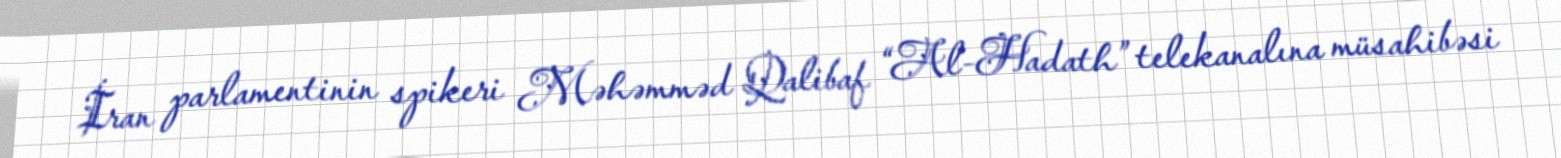
İran parlamentinin spikeri Məhəmməd Qalibaf “Al-Hadath” telekanalına müsahibəsi